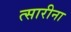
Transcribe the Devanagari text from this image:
त्सारीना